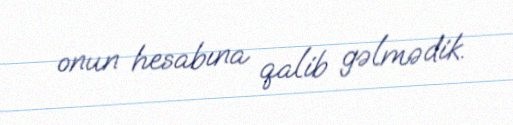
onun hesabına qalib gəlmədik.